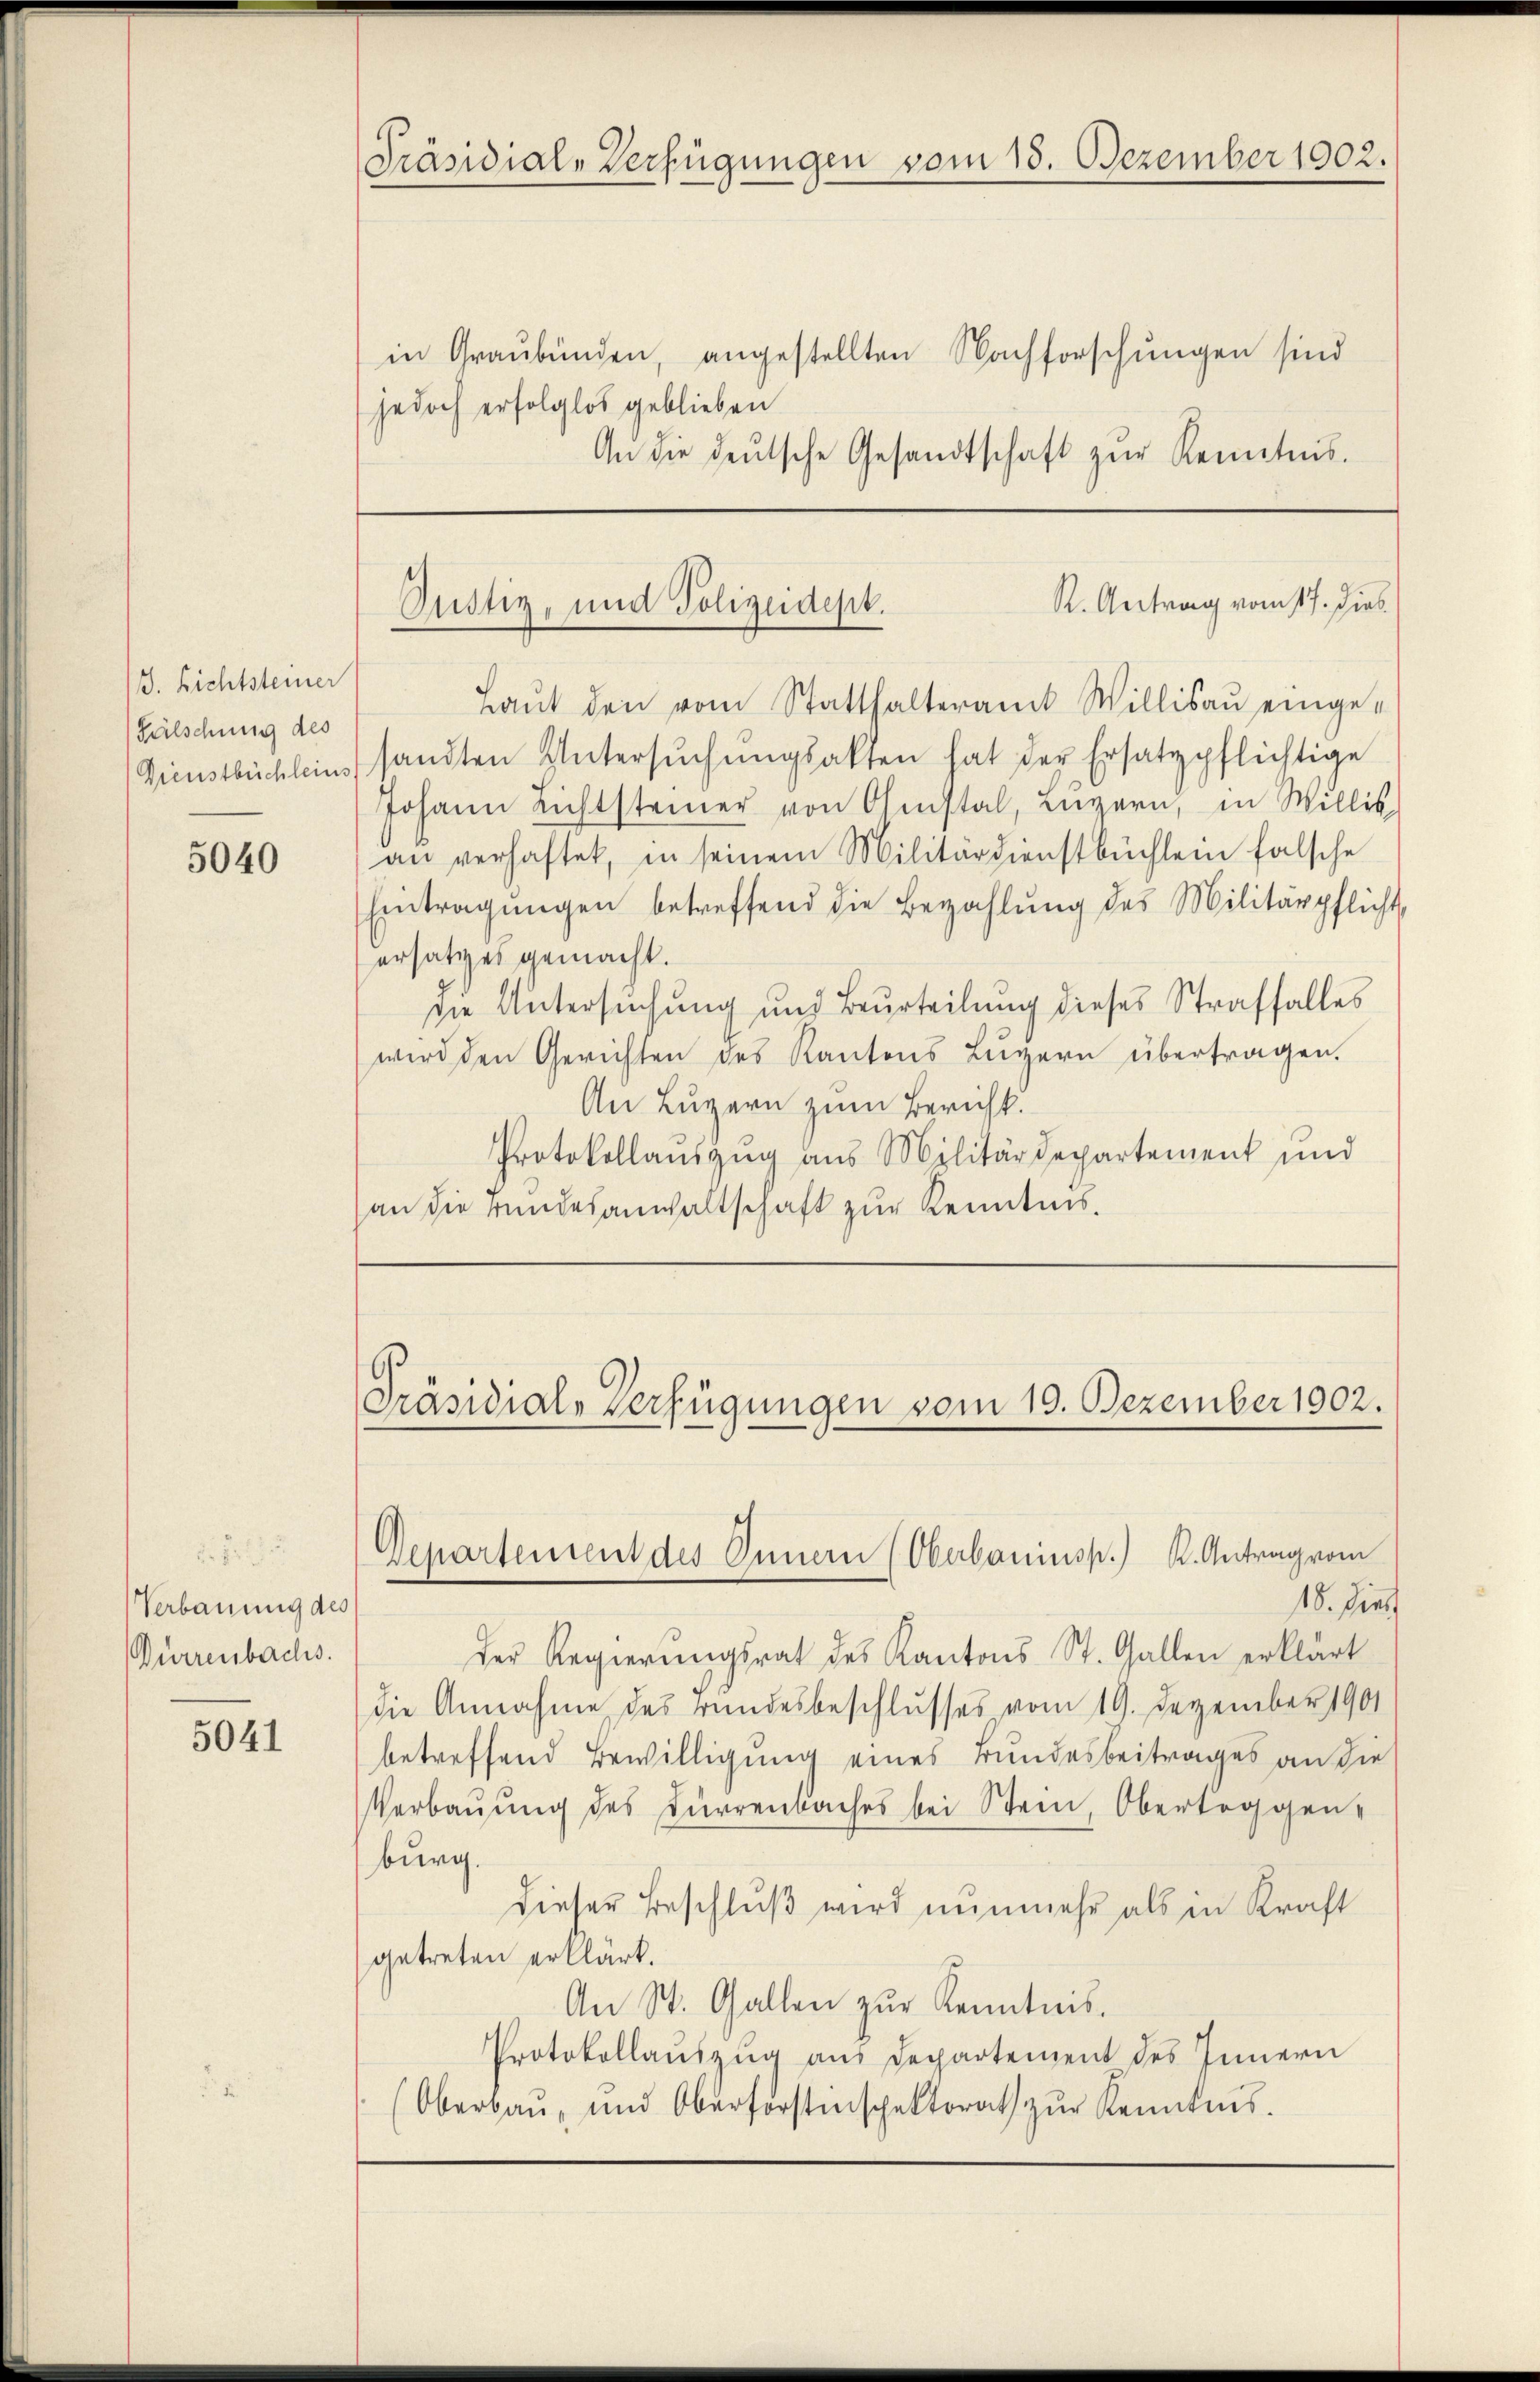
J. Richtsteiner
Fälschung des
Dienstbüchleins

5040

Verbauung des
Dürrenbachs.

5041

in Graubünden, angestellten Nachforschungen sind
jedoch erfolglos geblieben
An die deŭtsche Gesandtschaft zŭr Kenntnis.

Präsidial-Verfügungen vom 15. Dezember 1902.

R. Antrag vom 17. Dies
Justiz, und Polizeidept.

Laŭt den vom Statthalteramt Willisau einge-
sandten Untersŭchŭngsakten hat der Ersatzpflichtige
Johann Lichtsteiner von Ofenstal, Lŭzern, in Willis,
an verhaftet, in seinem Militärdienstbüchlein falsche
Eintragŭngen betreffend die Bezahlŭng des Militärpflicht,
ersatzes gemacht.
die Untersuchung und Beurteilung dieses Straffalles
wird den Gerichten des Kantons Luzern übertragen.
An Luzern zum Bericht.
Protokollauszug aus Militärdepartement und
an die rundesanwaltschaft zur Kenntnis.

Präsidial-Verfügungen vom 10. Dezember 1902.

Departement des Innern (Oberbauinsp. K. Antrag vom

18. dies
der Regierungsrat des Kantons St. Gallen erklärt
die Annahme des Bundesbeschlusses vom 19. Dezember 1901
betreffend Bewilligung eines Bundesbeitrages an die
Verbauung des Dürrenbaches bei Stein, Obertoggenburg.
dieser Beschlŭβ wird nunmehr als in Kraft
getreten erklärt.
An St. Gallen zŭr Kenntnis.
Protokollauszug aus Departement des Innern
Oberbau- und Oberforstinspektorat zŭr Kenntnis.